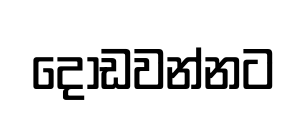
දොඩවන්නට